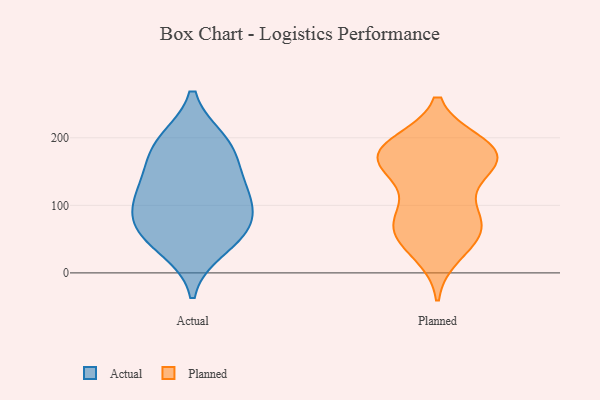
{"axis": {"x": "Page Views", "y": "Value"}, "legend": ["Actual", "Planned"], "data": [{"x": "", "y": 194, "type": "Actual"}, {"x": "", "y": 123, "type": "Actual"}, {"x": "", "y": 66, "type": "Actual"}, {"x": "", "y": 37, "type": "Actual"}, {"x": "", "y": 62, "type": "Actual"}, {"x": "", "y": 109, "type": "Actual"}, {"x": "", "y": 190, "type": "Actual"}, {"x": "", "y": 75, "type": "Actual"}, {"x": "", "y": 169, "type": "Actual"}, {"x": "", "y": 122, "type": "Actual"}, {"x": "", "y": 158, "type": "Planned"}, {"x": "", "y": 173, "type": "Planned"}, {"x": "", "y": 73, "type": "Planned"}, {"x": "", "y": 176, "type": "Planned"}, {"x": "", "y": 40, "type": "Planned"}, {"x": "", "y": 67, "type": "Planned"}, {"x": "", "y": 28, "type": "Planned"}, {"x": "", "y": 77, "type": "Planned"}, {"x": "", "y": 58, "type": "Planned"}, {"x": "", "y": 187, "type": "Planned"}, {"x": "", "y": 189, "type": "Planned"}, {"x": "", "y": 169, "type": "Planned"}, {"x": "", "y": 75, "type": "Planned"}, {"x": "", "y": 158, "type": "Planned"}, {"x": "", "y": 176, "type": "Planned"}, {"x": "", "y": 102, "type": "Planned"}, {"x": "", "y": 145, "type": "Planned"}, {"x": "", "y": 191, "type": "Planned"}]}